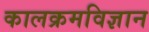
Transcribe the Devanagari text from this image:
कालक्रमविज्ञान